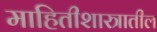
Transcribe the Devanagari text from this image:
माहितीशास्त्रातील